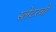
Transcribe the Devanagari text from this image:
स्लेटरची